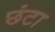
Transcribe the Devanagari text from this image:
छंटा